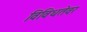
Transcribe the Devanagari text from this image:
विविधतेवर